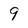
Character: 9